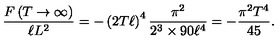
\frac { F \left( T \to \infty \right) } { \ell L ^ { 2 } } = - \left( 2 T \ell \right) ^ { 4 } \frac { \pi ^ { 2 } } { 2 ^ { 3 } \times 9 0 \ell ^ { 4 } } = - \frac { \pi ^ { 2 } T ^ { 4 } } { 4 5 } .